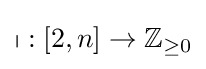
\mathbb {p} :[2,n]\to \mathbb {Z} _{\geq 0}